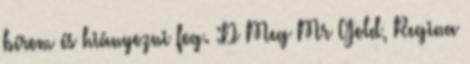
bírom és hiányozni fog. :D Meg Mr Gold, Regina